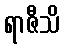
ရာဇီသိ